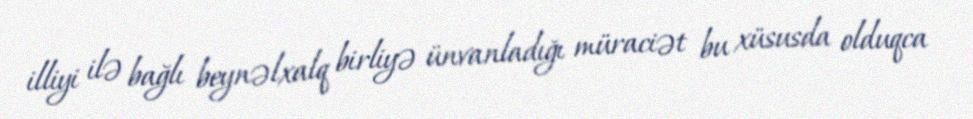
illiyi ilə bağlı beynəlxalq birliyə ünvanladığı müraciət bu xüsusda olduqca